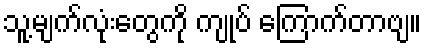
သူ့မျက်လုံးတွေကို ကျုပ် ကြောက်တာဗျ။